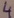
Text: 4